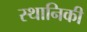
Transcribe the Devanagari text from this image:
स्थानिकी